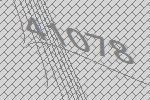
41078